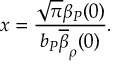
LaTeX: x = \frac { \sqrt { \pi } \beta _ { P } ( 0 ) } { b _ { P } \overline { { { \beta } } } _ { \rho } ( 0 ) } .